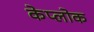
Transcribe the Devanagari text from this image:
केप्लोक